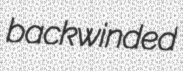
backwinded